Lunatic asylums Punjab 1881-1894 - 1881-1894
Year: 1881
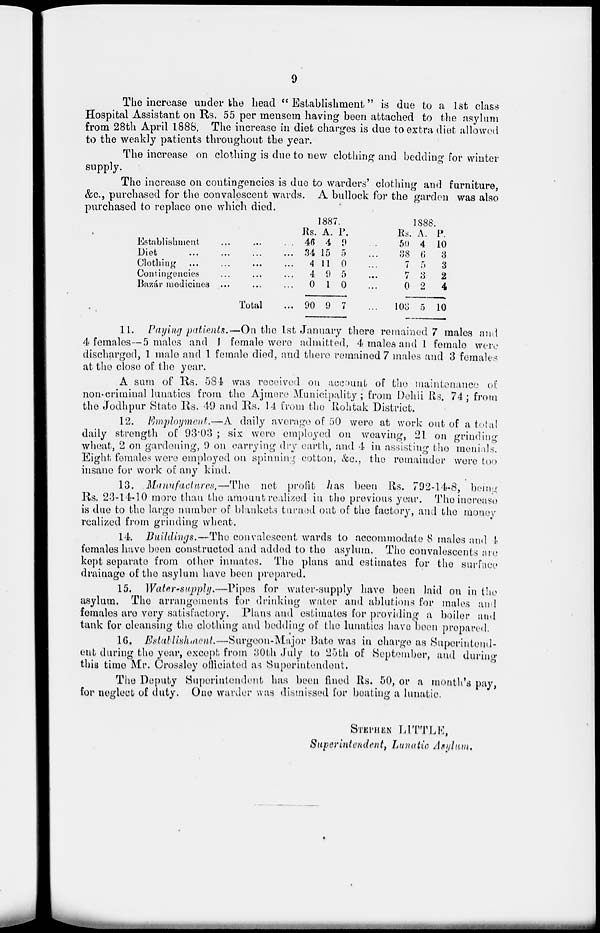
9
The increase under the head " Establishment" is due to a 1st class
Hospital Assistant on Rs. 55 per mensem having been attached to the asylum
from 28th April 1888, The increase in diet charges is due to extra diet allowed
to the weakly patients throughout the year.
The increase on clothing is due to new clothing and bedding for winter
supply.
The increase on contingencies is due to warders' clothing and furniture,
&c., purchased for the convalescent wards. A bullock for the garden was also
purchased to replace one which died.
Establishment ... ... ...
Diet
...
...
...
...
Clothing ... ... ... ...
Contingencies ... ... ...
Bazár medicines ... ... ...
Total ...
1887.
Rs.
46
34
4
4
0
90
A.
4
15
11
9
1
9
P.
9
5
0
5
0
7
...
...
...
...
...
1888.
Rs.
50
38
7
7
0
103
A.
4
6
5
3
2
5
P.
10
3
3
2
4
10
11. Paying patients.—On the 1st January there remained 7 males and
4 females—5 males and 1 female were admitted, 4 males and 1 female were
discharged, 1 male and 1 female died, and there remained 7 males and 3 females
at the close of the year.
A sum of Rs. 584 was received on account of the maintenance of
non-criminal lunatics from the Ajmere Municipality; from Dehli Rs. 74; from
the Jodhpur State Rs. 49 and Rs. 14 from the Rohtak District.
12. Employment.—A daily average of 50 were at work out of a total
daily strength of 93.03 ; six were employed on weaving, 21 on grinding
wheat, 2 on gardening, 9 on carrying dry earth, and 4 in assisting the menials.
Eight females were employed on spinning cotton, &c, the remainder were too
insane for work of any kind,
13. Manufactures.—The net profit has been Rs. 792-14-8, being
Rs. 23-14-10 more than the amount realized in the previous year. The increase
is due to the large number of blankets turned out of the factory, and the money
realized from grinding wheat.
14. Buildings.—The convalescent wards to accommodate 8 males and 4
females have been constructed and added to the asylum. The convalescents are
kept separate from other inmates. The plans and estimates for the surface
drainage of the asylum have been prepared.
15. Water-supply.—Pipes for water-supply have been laid on in the
asylum. The arrangements for drinking water and ablutions for males and
females are very satisfactory. Plans and estimates for providing a boiler and
tank for cleansing the clothing and bedding of the lunatics have been prepared.
16. Establishment.—Surgeon-Major Bate was in charge as Superintend-
ent during the year, except from 30th July to 25th of September, and during
this time Mr. Crossley officiated as Superintendent.
The Deputy Superintendent has been fined Rs. 50, or a month's pay,
for neglect of duty. One warder was dismissed for beating a lunatic.
STEPHEN LITTLE,
Superintendent, Lunatic Asylum.